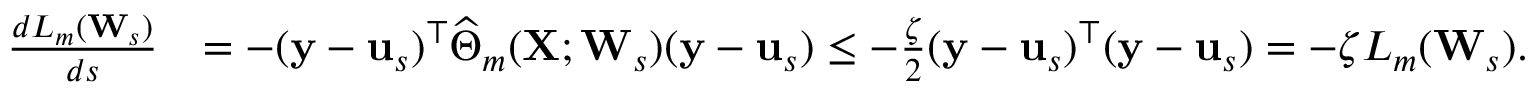
\begin{array} { r l } { \frac { d L _ { m } ( \mathbf { W } _ { s } ) } { d s } } & { = - ( \mathbf { y } - \mathbf { u } _ { s } ) ^ { \top } \widehat \Theta _ { m } ( \mathbf { X } ; \mathbf { W } _ { s } ) ( \mathbf { y } - \mathbf { u } _ { s } ) \leq - \frac { \zeta } { 2 } ( \mathbf { y } - \mathbf { u } _ { s } ) ^ { \top } ( \mathbf { y } - \mathbf { u } _ { s } ) = - \zeta L _ { m } ( \mathbf { W } _ { s } ) . } \end{array}